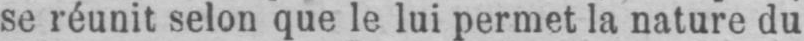
se réunit selon que le lui permet la nature du